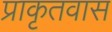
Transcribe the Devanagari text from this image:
प्राकृतवास